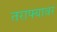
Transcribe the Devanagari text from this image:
तराफ्यावर